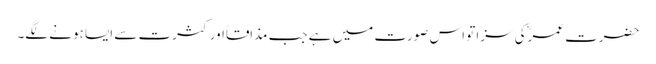
حضرت عمرؓکی سزا تو اس صورت میں ہے جب مذاقاًاور کثرت سے ایسا ہونے لگے۔